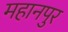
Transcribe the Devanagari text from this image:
महानपुर